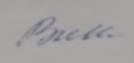
Signature authenticity: forged